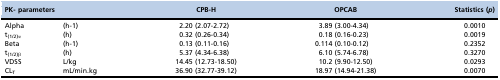
| <COLSPAN=2> PK- parameters | CPB-H | OPCAB | Statistics (p) |
 | --- | --- | --- | --- | --- |
 | Alpha | (h-1) | 2.20 (2.07-2.72) | 3.89 (3.00-4.34) | 0.0010 |
 | t(1/2)α | (h) | 0.32 (0.26-0.34) | 0.18 (0.16-0.23) | 0.0019 |
 | Beta | (h-1) | 0.13 (0.11-0.16) | 0.114 (0.10-0.12) | 0.2352 |
 | t(1/2)β | (h) | 5.37 (4.34-6.38) | 6.10 (5.74-6.78) | 0.3270 |
 | VDSS | L/kg | 14.45 (12.73-18.50) | 10.2 (9.90-12.50) | 0.0293 |
 | CLT | mL/min.kg | 36.90 (32.77-39.12) | 18.97 (14.94-21.38) | 0.0070 |